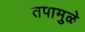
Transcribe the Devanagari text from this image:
तपामुळे